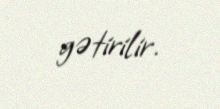
gətirilir.